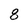
Character: 8